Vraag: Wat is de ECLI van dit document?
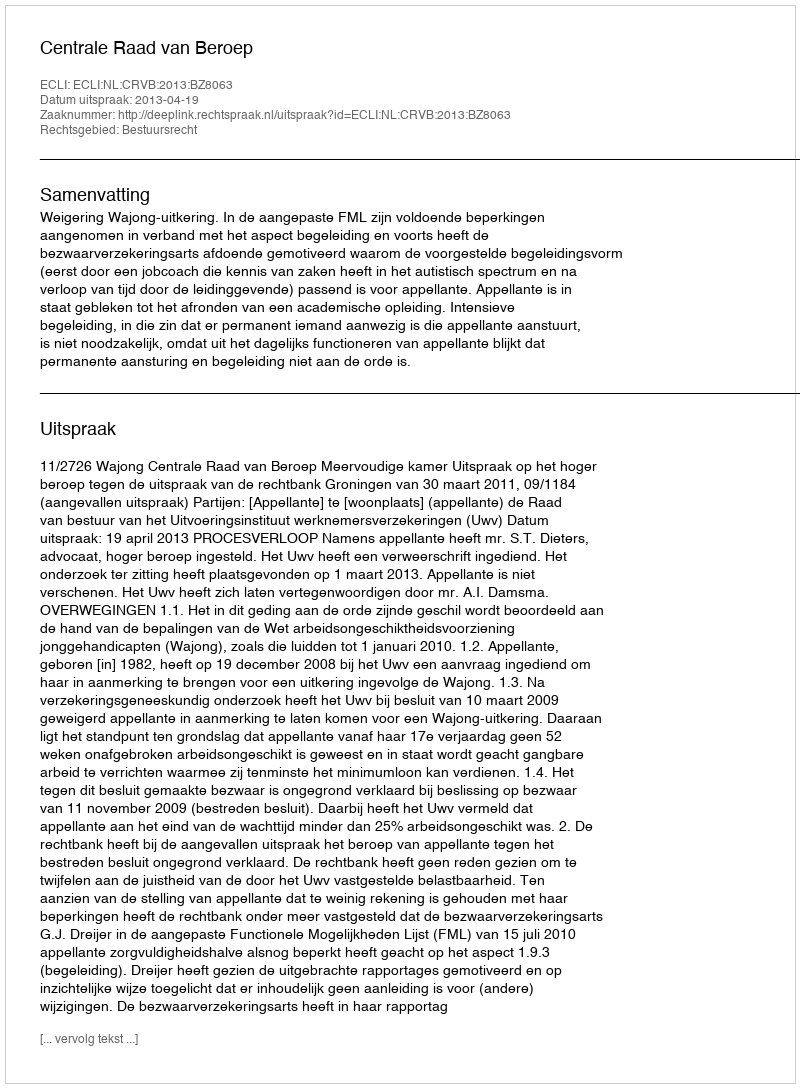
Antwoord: ECLI:NL:CRVB:2013:BZ8063